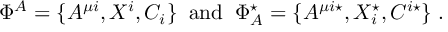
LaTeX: \Phi ^ { A } = \{ A ^ { \mu i } , X ^ { i } , C _ { i } \} \; \; \mathrm { a n d } \; \; \Phi _ { A } ^ { \star } = \{ A ^ { \mu i \star } , X _ { i } ^ { \star } , C ^ { i \star } \} \; .